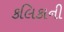
કલિકાની